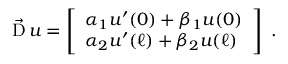
{ \vec { \operatorname { D } } } \, u = \left[ { \begin{array} { l } { \alpha _ { 1 } u ^ { \prime } ( 0 ) + \beta _ { 1 } u ( 0 ) } \\ { \alpha _ { 2 } u ^ { \prime } ( \ell ) + \beta _ { 2 } u ( \ell ) } \end{array} } \right] ~ .